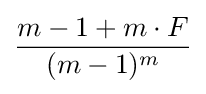
{\frac {m-1+m\cdot F}{(m-1)^{m}}}